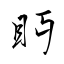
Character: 眄